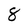
Character: 8